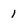
Character: 1